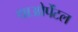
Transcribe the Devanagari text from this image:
थाओपेंटल